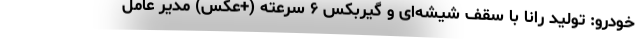
خودرو: تولید رانا با سقف شیشه‌ای و گیربکس ۶ سرعته (+عکس) مدیر عامل